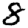
Digit: 8